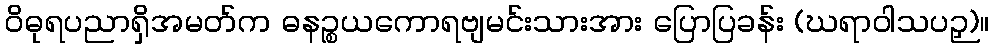
ဝိဓုရပညာရှိအမတ်က ဓနဉ္စယကောရဗျမင်းသားအား ပြောပြခန်း (ဃရာဝါသပဉှ)။